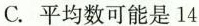
C. 平均数可能是14